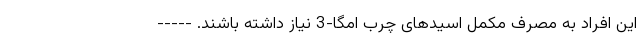
این افراد به مصرف مکمل اسیدهای چرب امگا-3 نیاز داشته باشند. -----